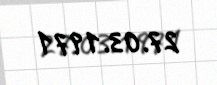
27.03.1971